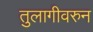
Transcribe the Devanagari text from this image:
तुलागीवरुन